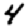
Digit: 4